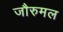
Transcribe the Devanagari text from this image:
जौरुमल